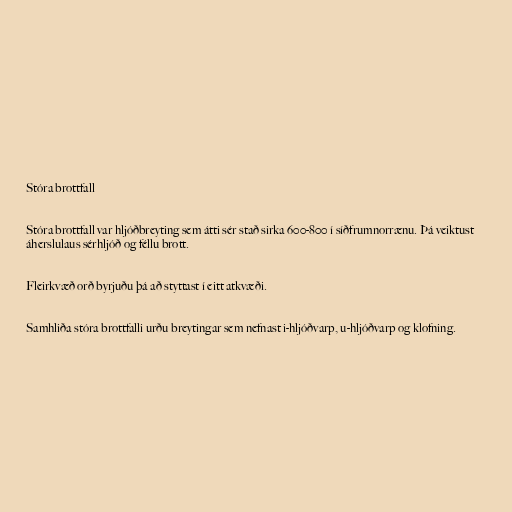
Stóra brottfall

Stóra brottfall var hljóðbreyting sem átti sér stað sirka 600-800 í síðfrumnorrænu. Þá veiktust
áherslulaus sérhljóð og féllu brott.

Fleirkvæð orð byrjuðu þá að styttast í eitt atkvæði.

Samhliða stóra brottfalli urðu breytingar sem nefnast i-hljóðvarp, u-hljóðvarp og klofning.